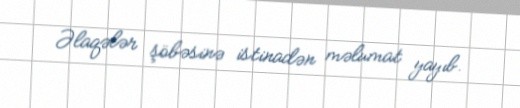
Əlaqələr şöbəsinə istinadən məlumat yayıb.